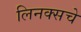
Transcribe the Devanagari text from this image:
लिनक्सचे